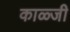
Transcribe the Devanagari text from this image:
काळ्जी